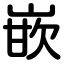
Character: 嵌